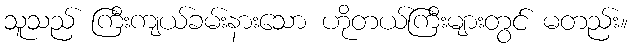
သူသည် ကြီးကျယ်ခမ်းနားသော ဟိုတယ်ကြီးများတွင် မတည်း။